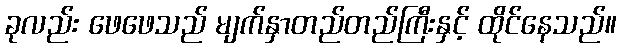
ခုလည်း ဖေဖေသည် မျက်နှာတည်တည်ကြီးနှင့် ထိုင်နေသည်။